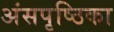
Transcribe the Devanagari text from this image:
अंसपृष्ठिका